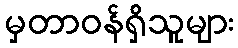
မှတာဝန်ရှိသူများ